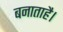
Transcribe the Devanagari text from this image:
बनाताहै।